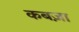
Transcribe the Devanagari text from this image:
कबज़ा